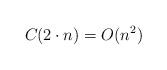
LaTeX: \begin{align*}C_{}(2 \cdot n) = O(n^2)\end{align*}